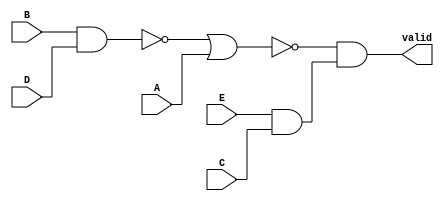
/* Generated by Yosys 0.7 (git sha1 61f6811, gcc 5.4.0-6ubuntu1~16.04.4 -O2 -fstack-protector-strong -fPIC -Os) */

(* top =  1  *)
(* src = "single.v:2" *)
module single(A, B, C, D, E, valid);
  wire _0_;
  wire _1_;
  wire _2_;
  (* src = "single.v:3" *)
  input A;
  (* src = "single.v:3" *)
  input B;
  (* src = "single.v:3" *)
  input C;
  (* src = "single.v:3" *)
  input D;
  (* src = "single.v:3" *)
  input E;
  (* src = "single.v:9" *)
  wire [4:0] total_value;
  (* src = "single.v:4" *)
  output valid;
  assign _0_ = E & C;
  assign _1_ = ~(B & D);
  assign _2_ = ~(_1_ | A);
  assign valid = _2_ & _0_;
  assign total_value[0] = D;
endmodule